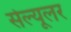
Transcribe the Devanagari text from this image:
सेल्‍यूलर